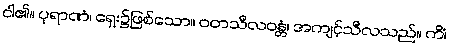
ငါ၏။ ပုရာဏံ၊ ရှေး၌ဖြစ်သော။ ဝတသီလဝန္တံ၊ အကျင့်သီလသည်။ ကိံ၊